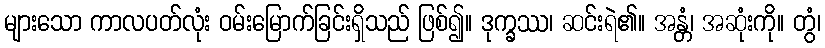
များသော ကာလပတ်လုံး ဝမ်းမြောက်ခြင်းရှိသည် ဖြစ်၍။ ဒုက္ခဿ၊ ဆင်းရဲ၏။ အန္တံ၊ အဆုံးကို။ တွံ၊